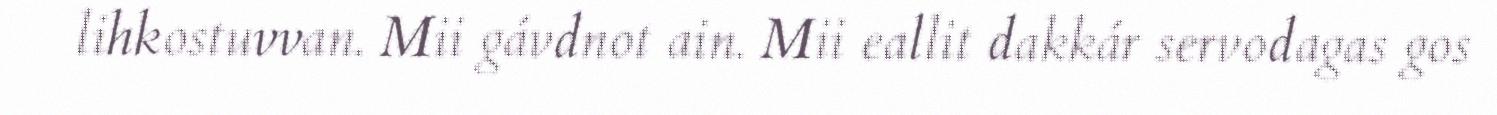
lihkostuvvan. Mii gávdnot ain. Mii eallit dakkár servodagas gos